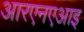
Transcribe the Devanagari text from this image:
आरएनएआइ